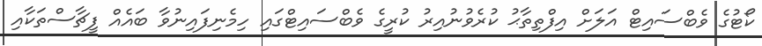
ކޯޓުގެ ވެބްސައިޓް އަލަށް އިފްތިތާޙު ކުރެވުނުއިރު ކުރީގެ ވެބްސައިޓްގައި ހިމެނިފައިނުވާ ބައެއް ފީޗާސްތަކާއި